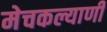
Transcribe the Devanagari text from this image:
मेचकल्याणी